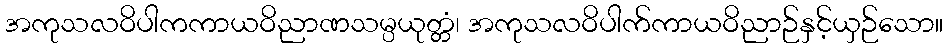
အကုသလဝိပါကကာယဝိညာဏသမ္ပယုတ္တံ၊ အကုသလဝိပါက်ကာယဝိညာဉ်နှင့်ယှဉ်သော။